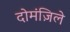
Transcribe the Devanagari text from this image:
दोमंज़िले